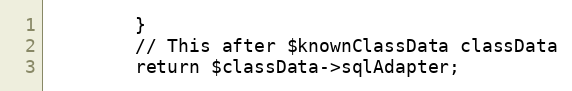
Language: PHP
		}
		// This after $knownClassData classData
		return $classData->sqlAdapter;